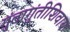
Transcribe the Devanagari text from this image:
गुंतागुंतीशिवाय